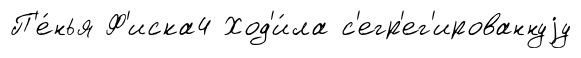
П'е́нья Ф'иска4 Ход'и́ла с'егр'ег'ированнуjу